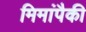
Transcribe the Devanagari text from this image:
मिमांपैकी